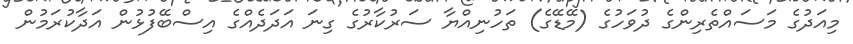
މިއަދުގެ މަސައްތެރިންގެ ދުވަހުގެ (މޭޑޭގެ) ތަހުނިއްޔާ ސަރުކާރުގެ ގިނަ އަދަދެއްގެ އިސްބޭފުޅުން އަދާކުރަމުން